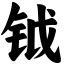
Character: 钺